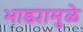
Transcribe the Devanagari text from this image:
भाड्यामुळे